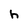
Character: h